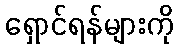
ရှောင်ရန်များကို